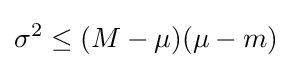
\sigma ^{2}\leq (M-\mu )(\mu -m)